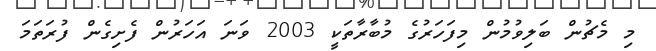
މި މެޗުން ބަލިވުމުން މިފަހަރުގެ މުބާރާތަކީ 2003 ވަނަ އަހަރުން ފެށިގެން ފުރަތަމަ